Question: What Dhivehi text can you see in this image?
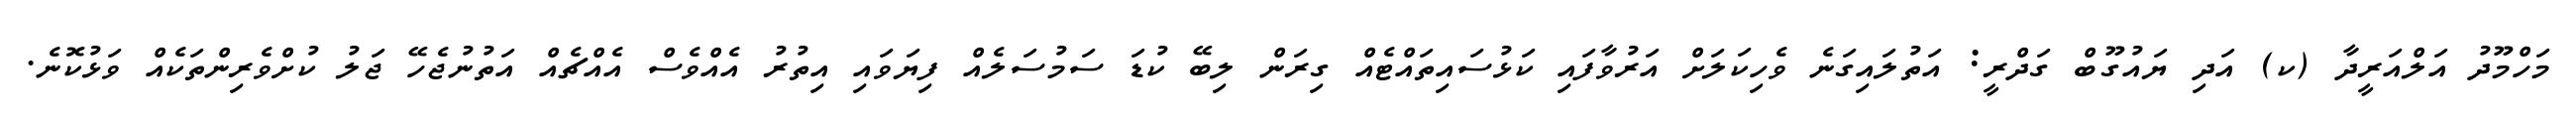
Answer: މަހްމޫދު އަލްއަރީދާ (ކ) އަދި ޔައުގޫބް ގަދްރީ: އަތުލައިގަނެ ވެހިކަލަށް އަރުވާފައި ކަޅުސައިތައްޓެއް ގިރަން ލިބޭ ކުޑަ ސަމުސަލެއް ފިޔަވައި އިތުރު އެއްވެސް އެއްޗެއް އަތުނުޖެހޭ ޖަލު ކުށްވެރިންތަކެއް ވަޅުކޮނެ.